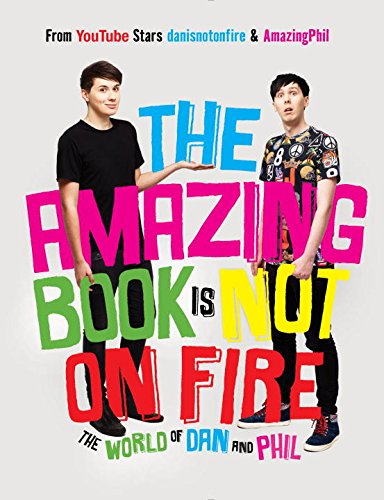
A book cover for The Amazing Book Is Not on Fire: The World of Dan and Phil; Dan Howell; Teen & Young Adult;